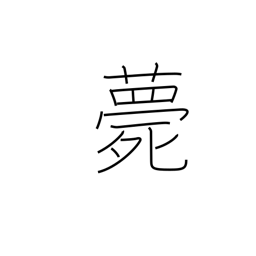
Meaning: die